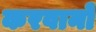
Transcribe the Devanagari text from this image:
करवानो